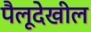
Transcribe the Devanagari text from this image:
पैलूदेखील